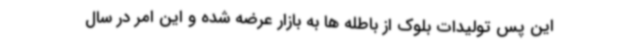
این پس تولیدات بلوک از باطله ها به بازار عرضه شده و این امر در سال